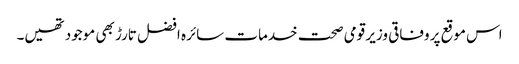
اس موقع پر وفاقی وزیر قومی صحت خدمات سائرہ افضل تارڑ بھی موجود تھیں۔